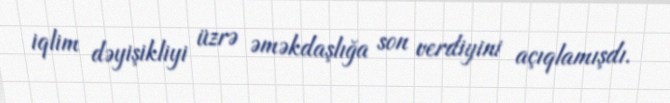
iqlim dəyişikliyi üzrə əməkdaşlığa son verdiyini açıqlamışdı.